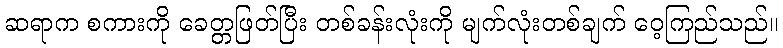
ဆရာက စကားကို ခေတ္တဖြတ်ပြီး တစ်ခန်းလုံးကို မျက်လုံးတစ်ချက် ဝေ့ကြည်သည်။